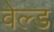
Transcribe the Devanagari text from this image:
वेल्‍ड